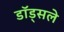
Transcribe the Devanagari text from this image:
डॉड्सले